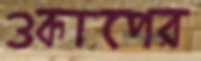
ওকাপের